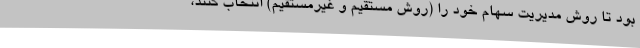
بود تا روش مدیریت سهام خود را (روش مستقیم و غیرمستقیم) انتخاب کنند،